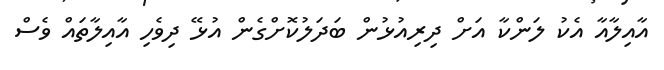
އާއިލާއާ އެކު ލަންކާ އަށް ދިރިއުޅުން ބަދަލުކޮށްގެން އުޅޭ ދިވެހި އާއިލާތައް ވެސް